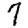
Digit: 7